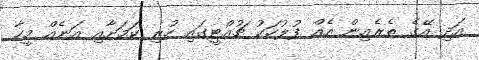
އަދި އޭގެ ތެރެއިން އެއް ފުލުހަކު ޗުއްޓީގައި ހުރި ކަމަށާއި އަނެއް މީހާ